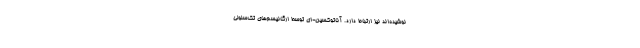
نوشیده‌اند نیز ارتباط دارد. آناتوکسین-ای توسط ارگانیسم‌های تک‌سلولی